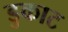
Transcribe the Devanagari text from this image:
डुकाट